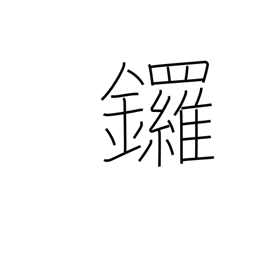
Meaning: gong